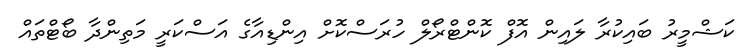
ކަޝްމީރު ބައިކުރާ ލައިން އޮފް ކޮންޓްރޯލް ހުރަސްކޮށް އިންޑިއާގެ އަސްކަރީ މަތިންދާ ބޯޓްތައް